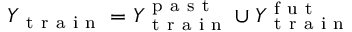
Y _ { \mathrm { ~ t ~ r ~ a ~ i ~ n ~ } } = Y _ { \mathrm { ~ t ~ r ~ a ~ i ~ n ~ } } ^ { \mathrm { ~ p ~ a ~ s ~ t ~ } } \cup Y _ { \mathrm { ~ t ~ r ~ a ~ i ~ n ~ } } ^ { \mathrm { ~ f ~ u ~ t ~ } }